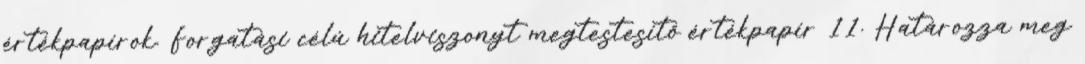
értékpapírok. Forgatási célú hitelviszonyt megtestesítő értékpapír 11. Határozza meg